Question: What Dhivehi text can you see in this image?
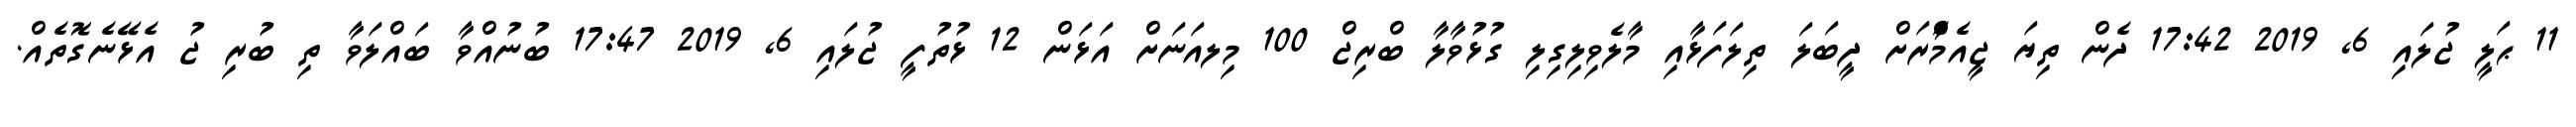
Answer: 11 ޙަލީ ޖުލައި 6, 2019 17:42 ދެން ތިޔަ ޖީއެމްެާރަށް ދީބަލަ ތިލަފަޅާއި މާލެވިލިގިލި ގުޅުވާލާ ބްރިޖް 100 މިލއަނަށް އަޅަން 12 ޅުތުފީ ޖުލައި 6, 2019 17:47 ބުނުއްވާ ބައްލަވާ ތި ބުރި ޖު އެޅޭނެގޮތެއް.